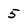
Character: 5